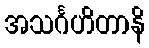
အသင်္ဂဟိတာနိ